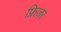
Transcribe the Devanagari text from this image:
फ्रिज़र